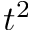
t ^ { 2 }